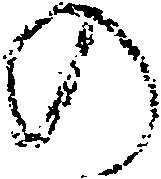
の